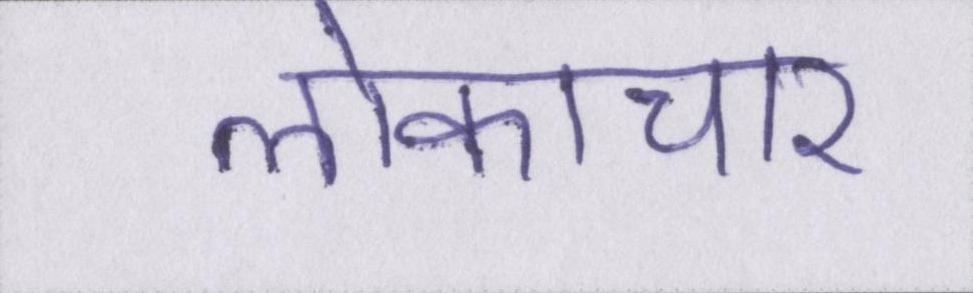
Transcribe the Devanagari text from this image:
लोकाचार